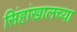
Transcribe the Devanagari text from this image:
सिंहांखालच्या